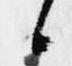
候